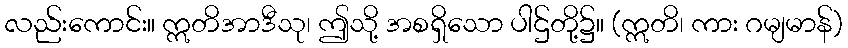
လည်းကောင်း။ ဣတိအာဒီသု၊ ဤသို့ အစရှိသော ပါဌ်တို့၌။ (ဣတိ၊ ကား ဂမျမာန်)